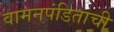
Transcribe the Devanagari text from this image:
वामनपंडिताची